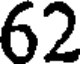
62